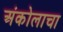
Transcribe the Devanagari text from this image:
अंकोलाचा